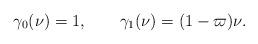
LaTeX: \begin{align*}\gamma_0(\nu)=1,\qquad\gamma_1(\nu)=(1-\varpi)\nu.\end{align*}